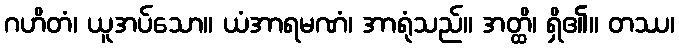
ဂဟိတံ၊ ယူအပ်သော။ ယံအာရမဏံ၊ အာရုံသည်။ အတ္ထိ၊ ရှိ၏။ တဿ၊